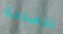
للصدمة